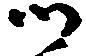
ツ